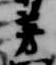
芳